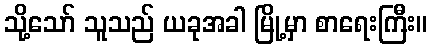
သို့သော် သူသည် ယခုအခါ မြို့မှာ စာရေးကြီး။